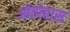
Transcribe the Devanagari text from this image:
ओतोहास